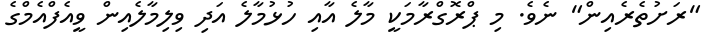
"ރަށުތެރެއިން" ނެވެ. މި ޕްރޮގްރާމަކީ މާލެ އާއި ހުޅުމާލެ އަދި ވިލިމާލެއިން ވީއެފްއެމްގެ